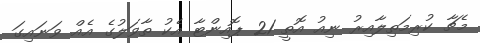
މެޗާ ކުރިމަތިލާއިރު ނިއު އޮތީ 21 ޕޮއިންޓާ އެކު ތާވަލުގެ އެއް ވަނައިގަ